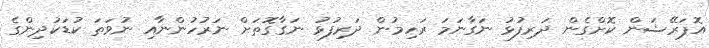
އޮޕަރޭޝަން ކޮށްގެން ދަރިފުޅު ނަގާނަމަ ރަހިމުން ދަރިފުޅު ނަގާގޮތަށް ނަރުހުންނާއި ނުވަތަ ކުޑަކުދިންގެ